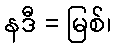
နဒီ = မြစ်၊